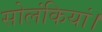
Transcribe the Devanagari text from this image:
सोलंकियां।